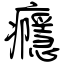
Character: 癮